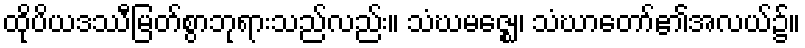
ထိုပိယဒဿီမြတ်စွာဘုရားသည်လည်း။ သံဃမဇ္ဈေ၊ သံဃာတော်၏အလယ်၌။